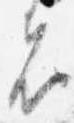
者